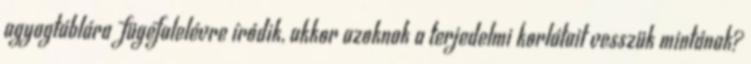
agyagtáblára fügefalelévre íródik, akkor azoknak a terjedelmi korlátait vesszük mintának?